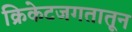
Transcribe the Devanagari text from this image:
क्रिकेटजगतातून